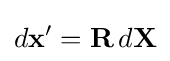
d\mathbf {x} '=\mathbf {R} \,d\mathbf {X} \,\!